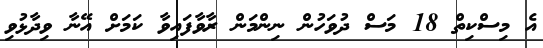
އެ މިސްކިތް 18 މަސް ދުވަހުން ނިންމަން ރާވާފައިވާ ކަމަށް އޭނާ ވިދާޅުވި